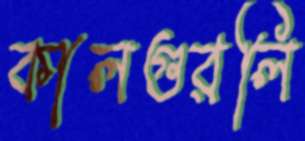
কালগুরলি